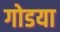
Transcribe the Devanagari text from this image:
गोडया